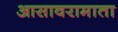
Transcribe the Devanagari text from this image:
आसावरामाता